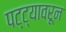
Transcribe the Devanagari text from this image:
पट्ट्यावरून